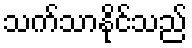
သက်သာနိုင်သည်